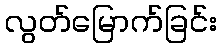
လွတ်မြောက်ခြင်း